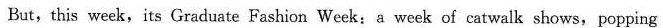
But,this week,its Graduate Fashion Week:a week of catwalk shows, popping